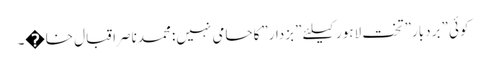
کوئی ”بردبار” تخت لاہور کیلئے ”بزدار”کاحامی نہیں: محمدناصراقبال خا�۔